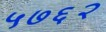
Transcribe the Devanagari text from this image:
५७६२